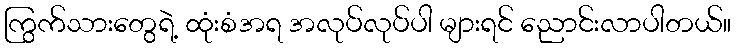
ကြွက်သားတွေရဲ့ ထုံးစံအရ အလုပ်လုပ်ပါ များရင် ညောင်းလာပါတယ်။